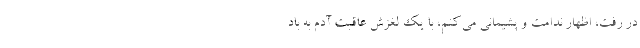
در رفت، اظهار ندامت و پشیمانی می‌کنم، با یک لغزش عاقبت آدم به باد